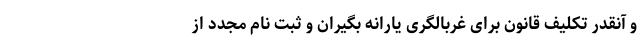
و آنقدر تکلیف قانون برای غربالگری یارانه بگیران و ثبت نام مجدد از